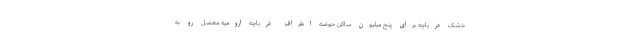
خشک دریاچه برای پنج میلیون ساکن حوضه اطراف دریاچه ارومیه معضل رو به